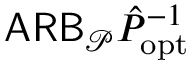
\mathsf { A R B } _ { \mathcal P } \hat { P } _ { \mathrm { o p t } } ^ { - 1 }